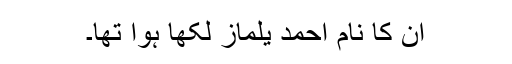
ان کا نام احمد یلماز لکھا ہوا تھا۔